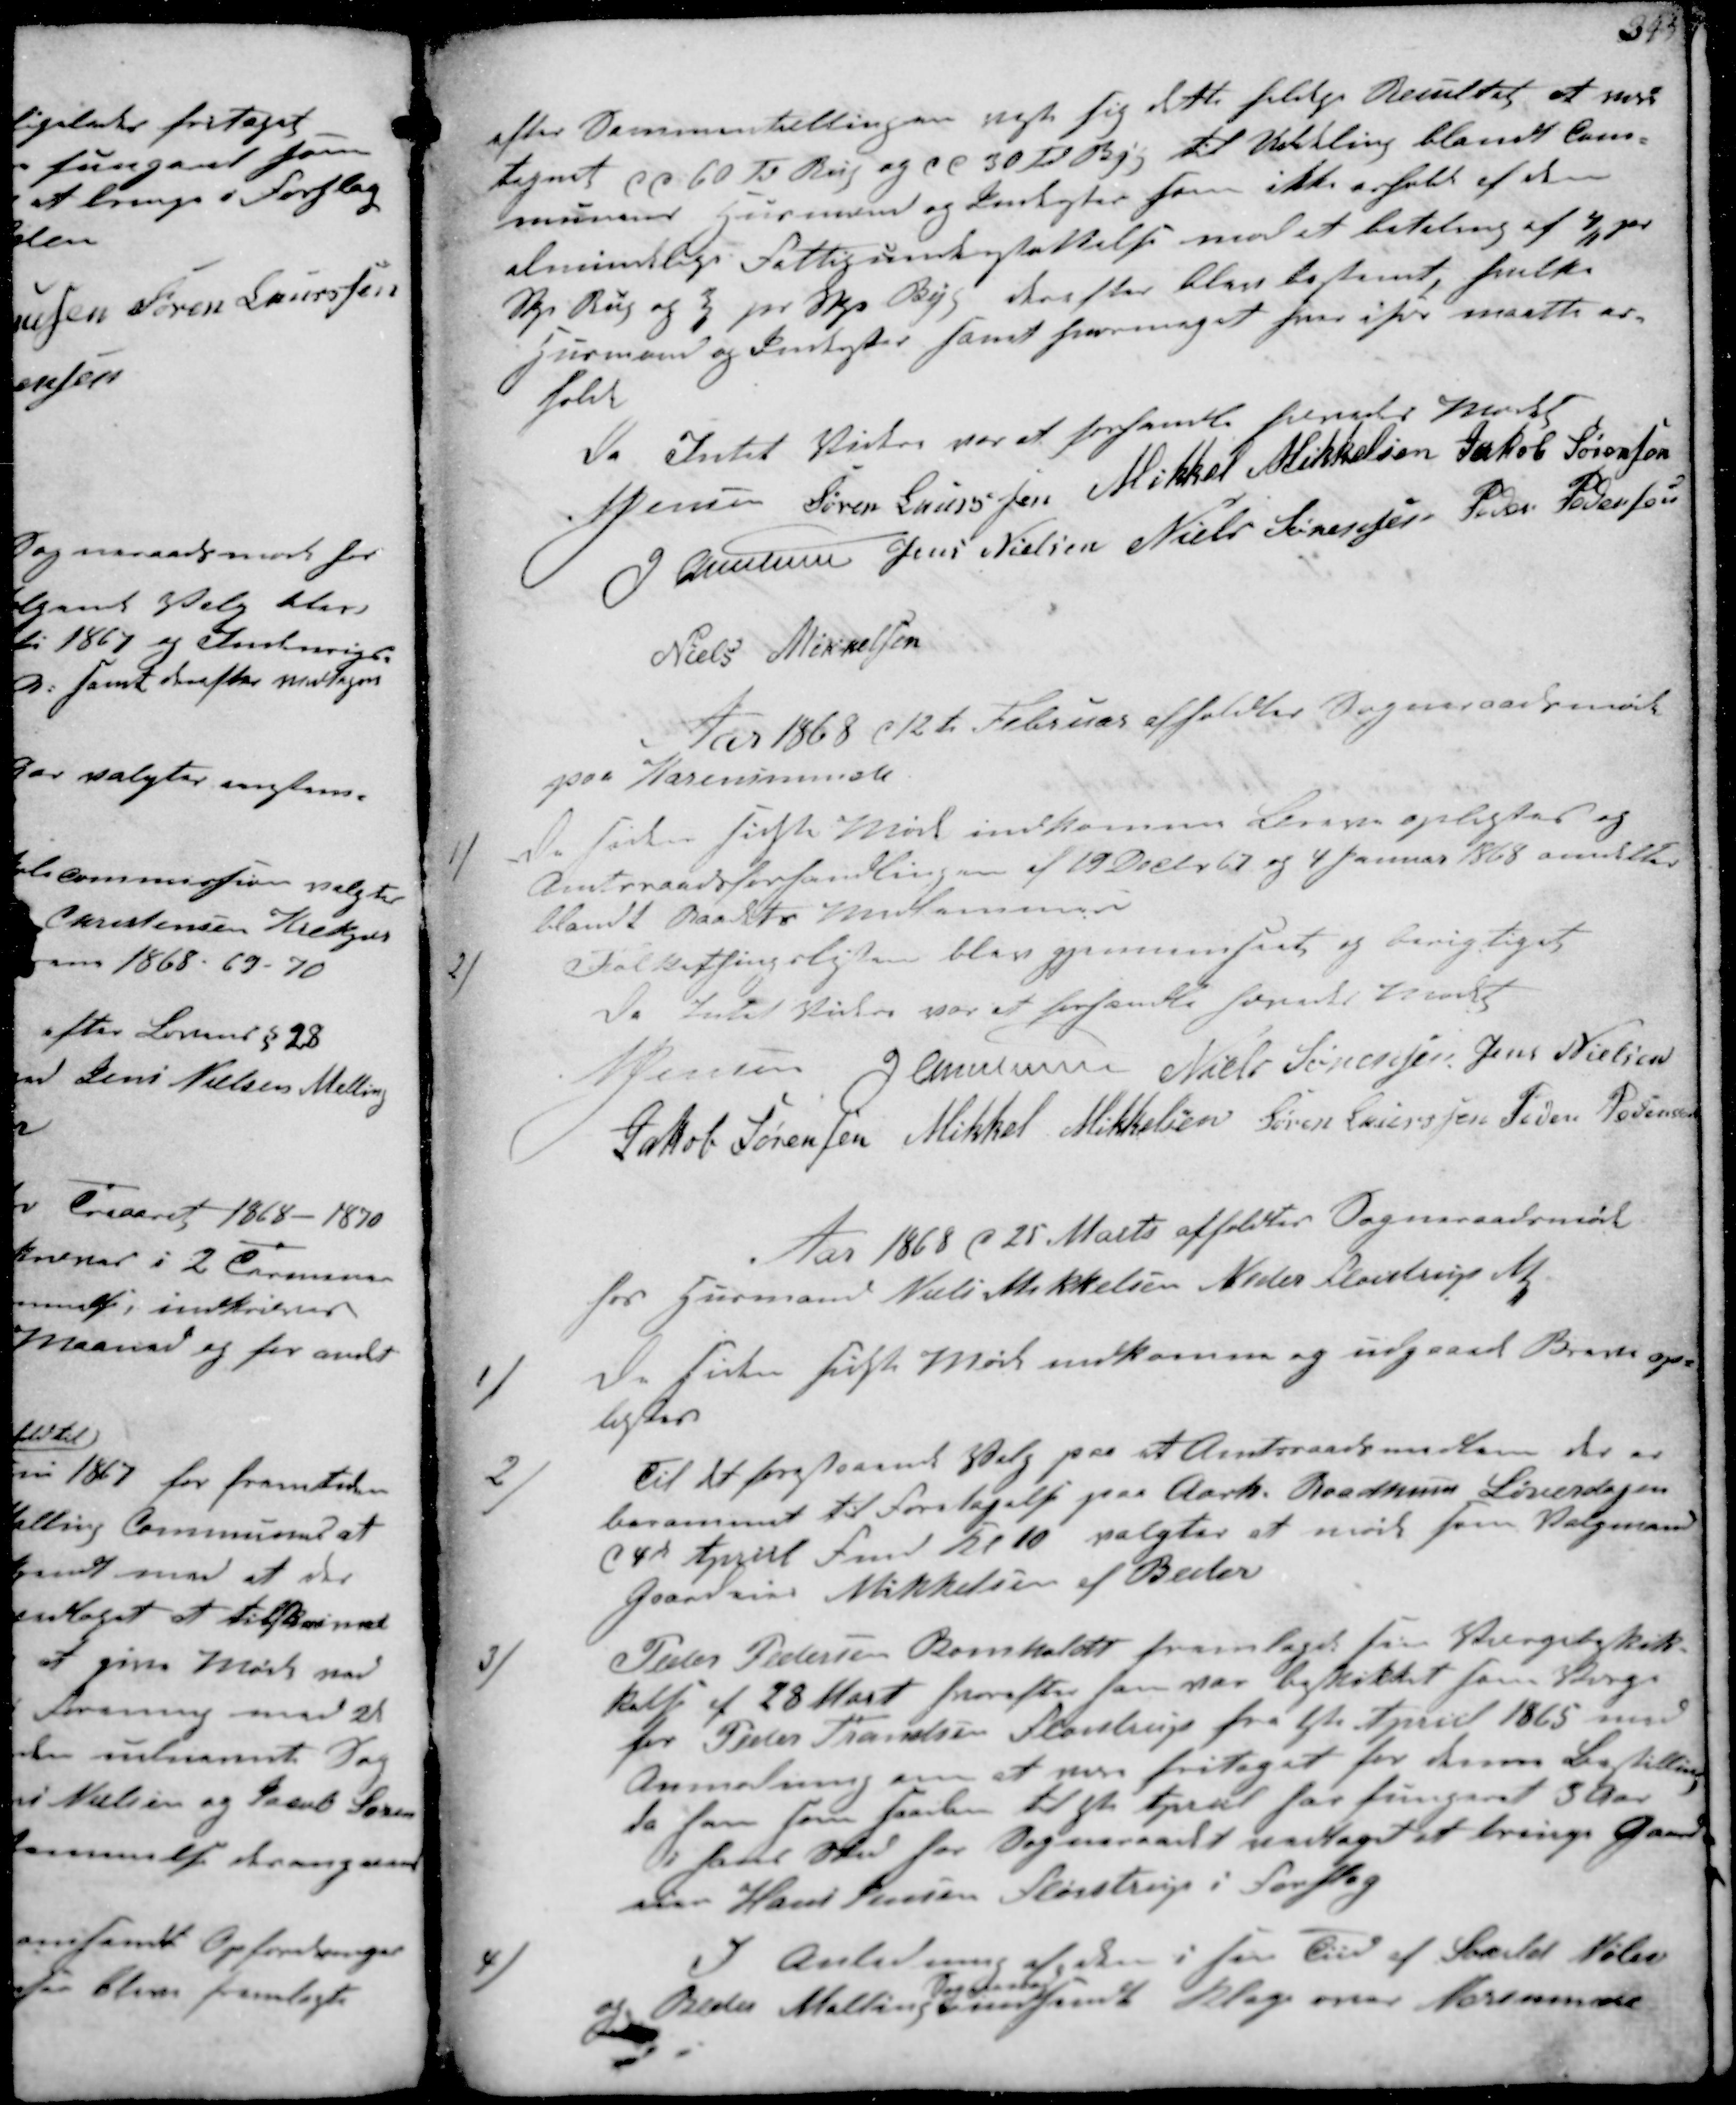
Transskription:
efter Sammentællingen viste sig dette heldige Resultat at være
tegnet ca 60 Td Rug og ca 30 Td Byg til Uddeling blandt Kom- 
munens Husmænd og Omkoster som ikke erhold af den
almindelige Fattigunderstøttelse med et betaling af 4" pr
Skp Rug og 3" pr Skp Byg derefter blev bestemt, hvilke
Husmænd og Indsider samt hvormeget hver især maatte er-
holde
Da Intet Videre var at forhandle hævedes Mødet
N Jensen Søren Laursen Mikkel Mikkelsen Jakob Sørensen
J Christensen Jens Nielsen Niels Sørensen Peder Pedersen
Niels Mikkelsen

Aar 1868 d 12te Februar afholdtes Sogneraadsmøde
paa Karensminde
1/
De siden sidste Møde indkomne Breve oplæstes og
Amtsraadsforhandlingen af 19 Decbr og 4 Januar 1868 omdeltes
blandt Raadets Medlemmer
2/
Folkethingslisten blev gjennemseet og berigtiget
Da Intet Videre var at forhandle hævedes Mødet
N Jensen J Christensen Niels Sørensen Jens Nielsen
Jakob Sørensen Mikkel Mikkelsen Søren Laursen Peder Pedersen

Aar 1868 d. 25 Marts afholdtes Sogneraadsmøde.
hos Husmand Niels Mikkelsen Neder Fløistrup ₻
1/
De siden sidste Møde indkomne og udgaaede Breve op-
læstes
2/
Til det forestaaende Valg paa et Amtsraadsmedlem der er
berammet til Foretagelse paa Aarh. Raadhus Lørerdagen
d 4d April Fmd Kl 10 valgtes at møde som Valgmand
Gaardeier Mikkelsen af Beder
3/
Peder Pedersen Bomholdt fremlagde sin Valgbeskik-
kelse af 28 Marts hvorefter han var beskikket som Værge
hos Peter Frandsen Fløistrup fra 1ste April 1865 med
Anmodning om at være fritaget for denne Bestilling
da han som saadan til  April har fungeret 3 Aar
i hans Sted har Sogneraadet vedtage at bringe Gaard-
eier Hans Jensen Fløistrup i Forslag
4/
I Anledning af den i sin Tiid af Saxild Nølev
og Beder Malling 
Sogneraad
indsendt Klage over Norsminde